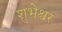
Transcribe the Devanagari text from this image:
शुभेश्वर